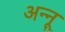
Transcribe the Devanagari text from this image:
अन्‍नू